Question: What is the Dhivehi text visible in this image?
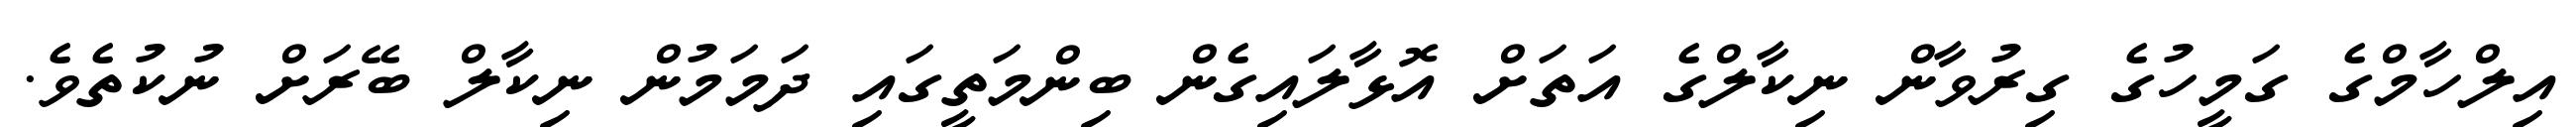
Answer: އިލްހާމްގެ ގަމީހުގެ ގިރުވާން ނިކާލްގެ އަތަށް އޮޅާލައިގެން ބިންމަތީގައި ދަމަމުން ނިކާލް ބޭރަށް ނުކުތެވެ.